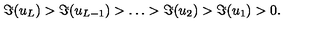
\Im ( u _ { L } ) > \Im ( u _ { L - 1 } ) > \ldots > \Im ( u _ { 2 } ) > \Im ( u _ { 1 } ) > 0 .